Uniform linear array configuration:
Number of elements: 4
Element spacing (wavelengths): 0.5
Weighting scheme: binomial
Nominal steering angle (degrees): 0
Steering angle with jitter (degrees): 0.9562
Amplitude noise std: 0.05
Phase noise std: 0.05

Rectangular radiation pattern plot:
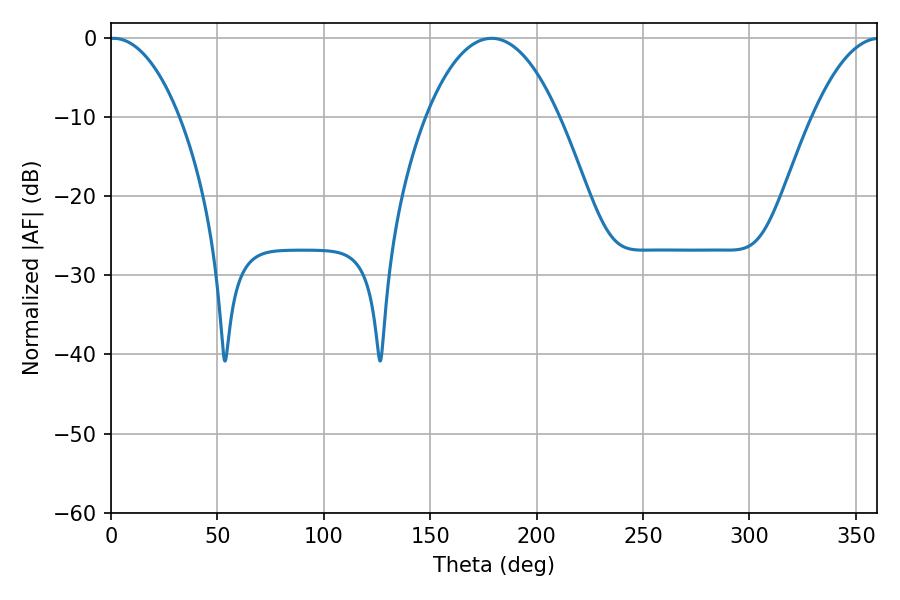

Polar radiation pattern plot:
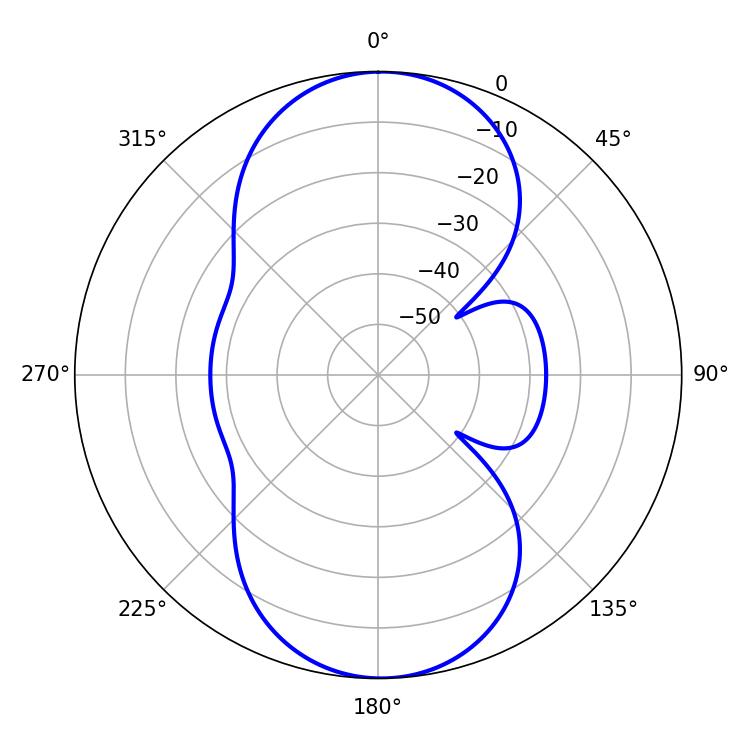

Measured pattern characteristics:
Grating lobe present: FALSE
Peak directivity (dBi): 20.962
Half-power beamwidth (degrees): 18.54
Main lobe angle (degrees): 1.08